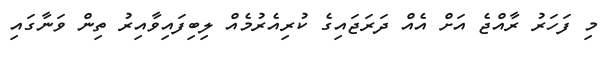
މި ފަހަރު ރާއްޖެ އަށް އެއް ދަރަޖައިގެ ކުރިއެރުމެއް ލިބިފައިވާއިރު ތިން ވަނާގައި